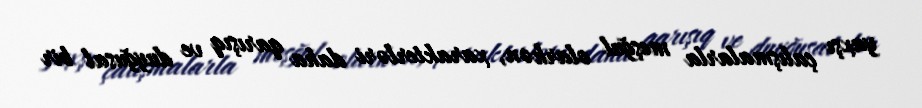
yaxşı çalışmalarla meşğul olarkən, xarakterləri daha qarışıq ve duyğusal bir